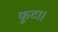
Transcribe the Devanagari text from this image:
फूटा।